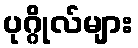
ပုဂ္ဂိုလ်များ